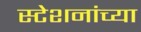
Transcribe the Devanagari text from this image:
स्टेशनांच्या